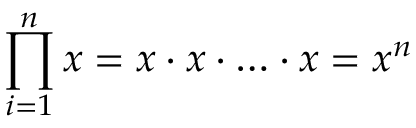
\prod _ { i = 1 } ^ { n } x = x \cdot x \cdot \ldots \cdot x = x ^ { n }